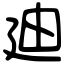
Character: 廸